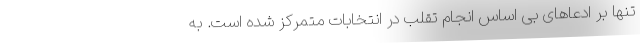
تنها بر ادعاهای بی اساس انجام تقلب در انتخابات متمرکز شده است. به